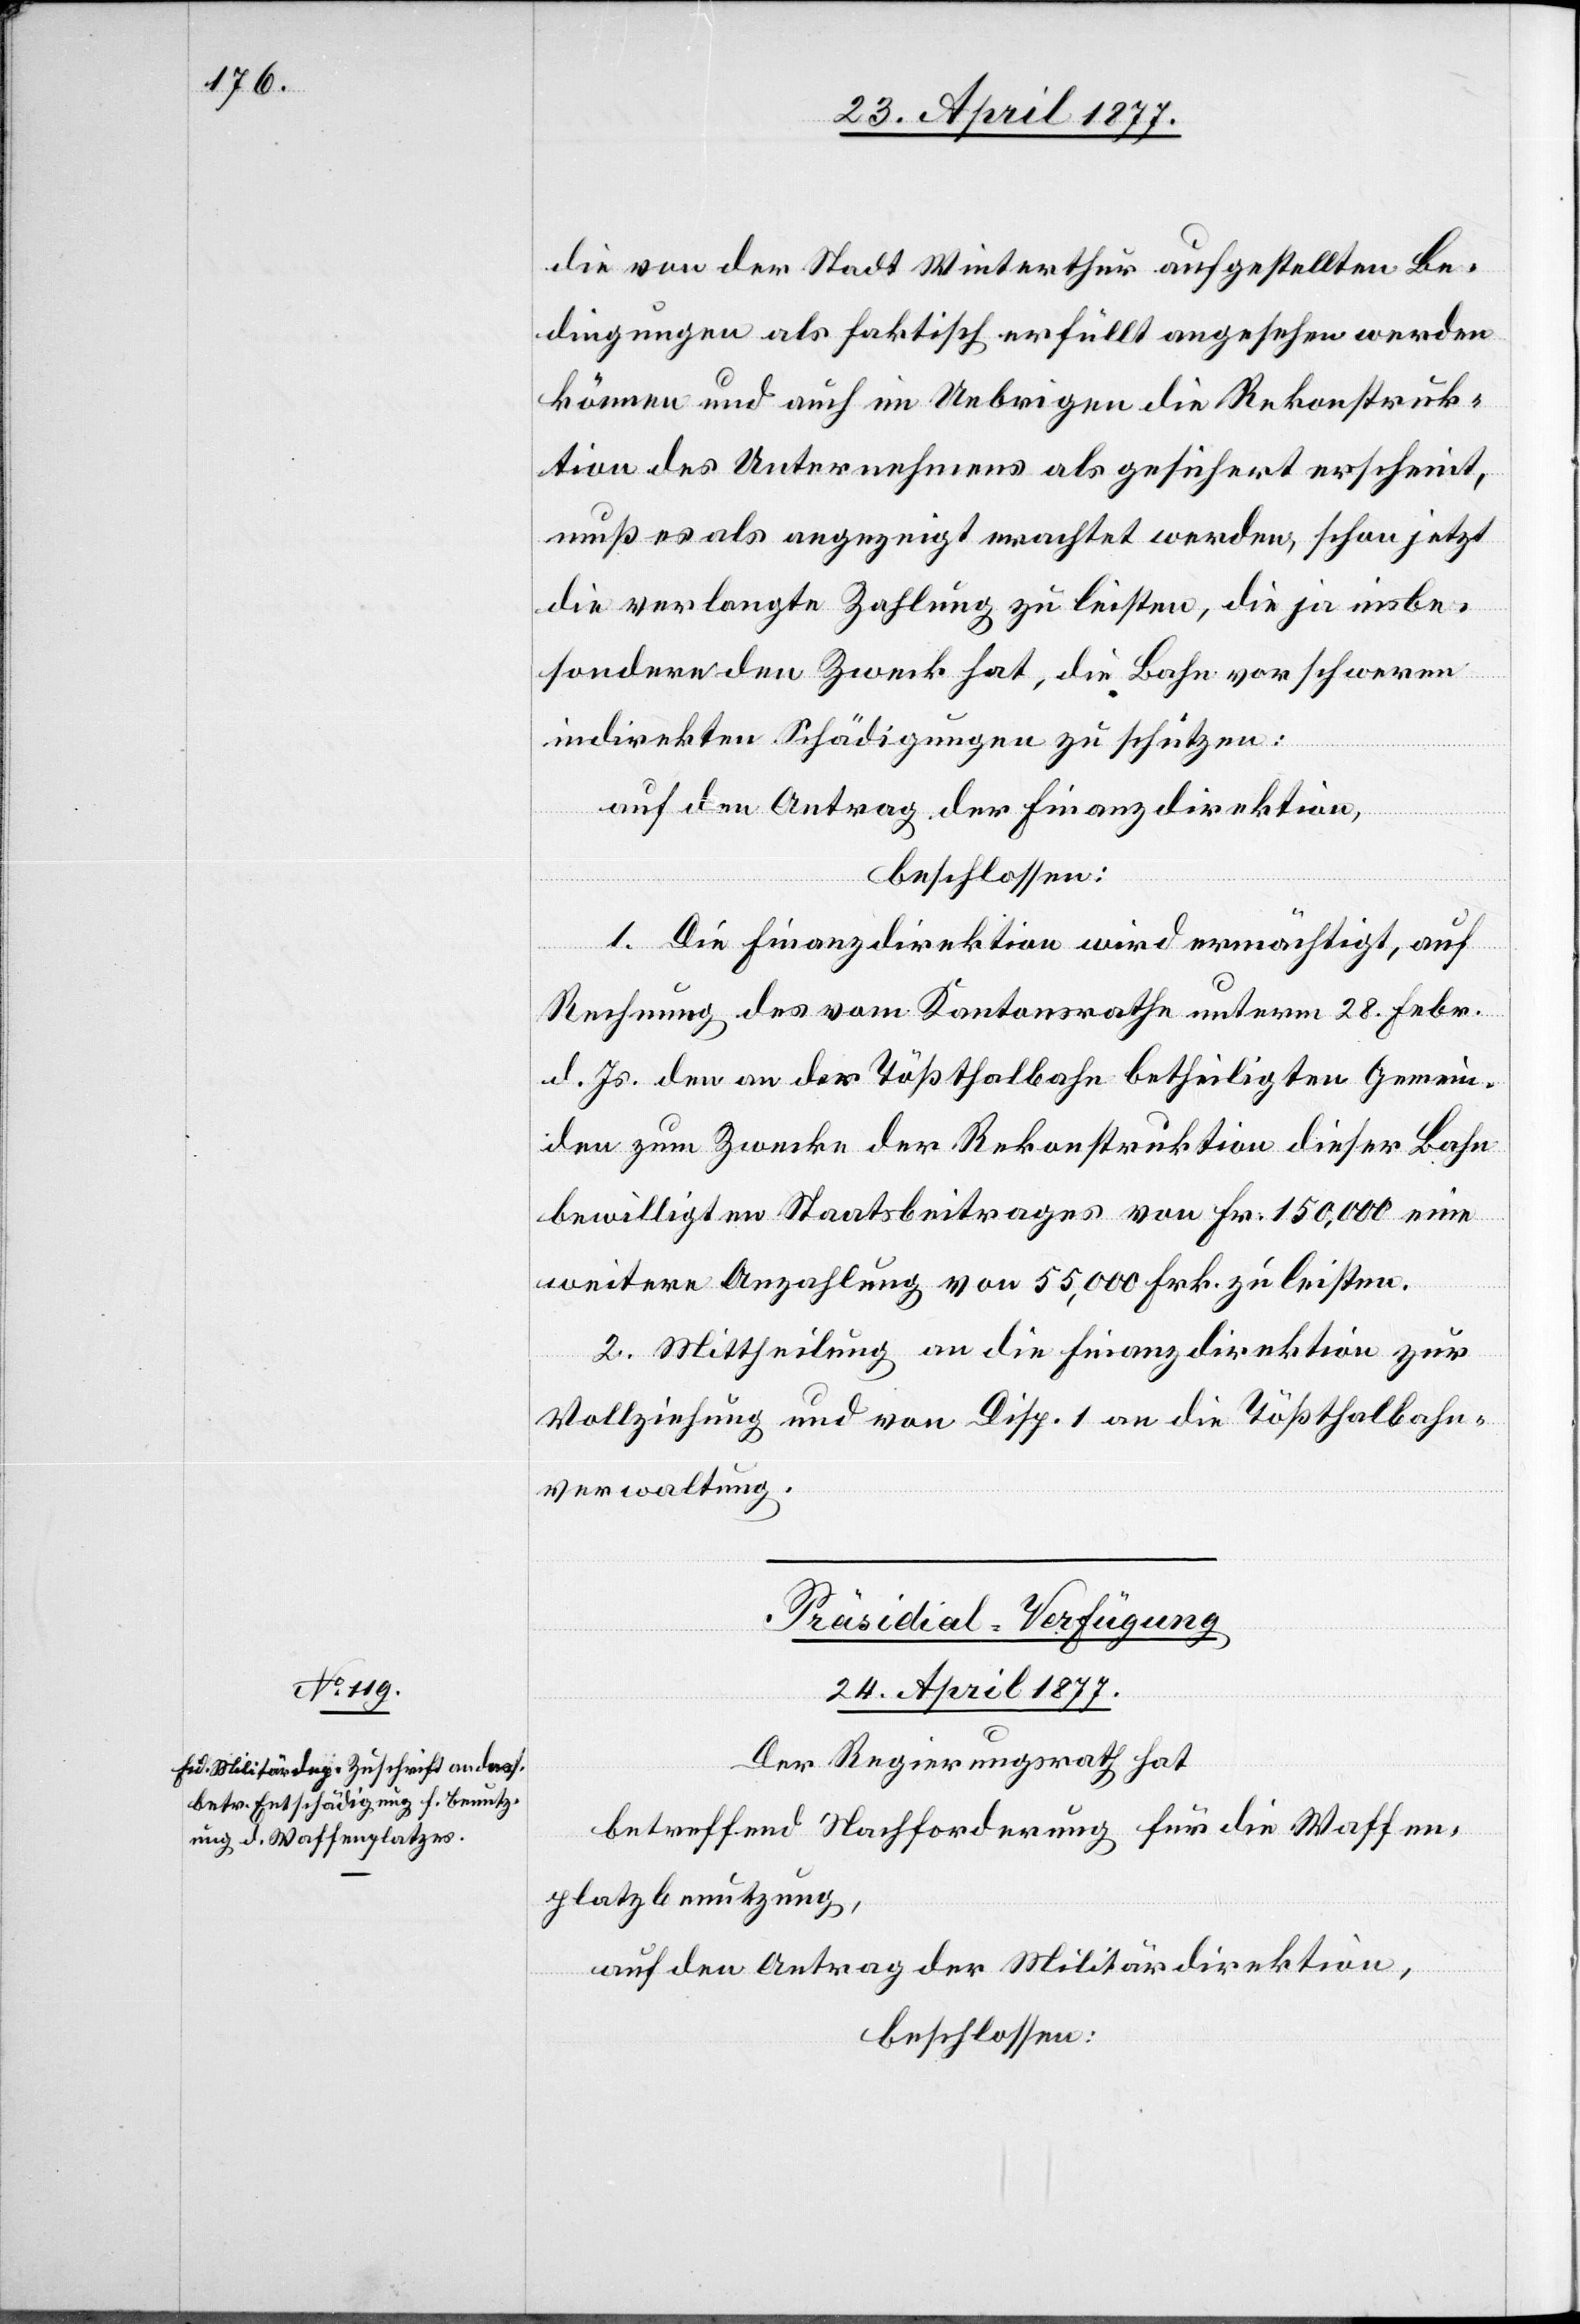
die von der Stadt Winterthur aufgestellten Be¬
dingungen als faktisch erfüllt angesehen werden
können und auch im Uebrigen die Rekonstruk¬
tion des Unternehmens als gesichert erscheint,
muß es als angezeigt erachtet werden, schon jetzt
die verlangte Zahlung zu leisten, die ja insbe¬
sondere den Zweck hat, die Bahn vor schweren
indirekten Schädigungen zu schützen;
auf den Antrag der Finanzdirektion,
beschlossen:
1. Die Finanzdirektion wird ermächtigt, auf
Rechnung des vom Kantonsrathe unterm 28. Febr.
d. Js. den an der Tößthalbahn betheiligten Gemein¬
den zum Zwecke der Rekonstruktion dieser Bahn
bewilligten Staatsbeitrages von Fr. 150,000 eine
weitere Anzahlung von 55,000 Frk. zu leisten.
2. Mittheilung an die Finanzdirektion zur
Vollziehung und von Disp. 1 an die Tößthalbahn¬
verwaltung.
Präsidial-Verfügung
24. April 1877.
Der Regierungsrath hat,
betreffend Nachforderung für die Waffen¬
platzbenutzung,
auf den Antrag der Militärdirektion,
beschlossen: